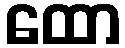
ထော